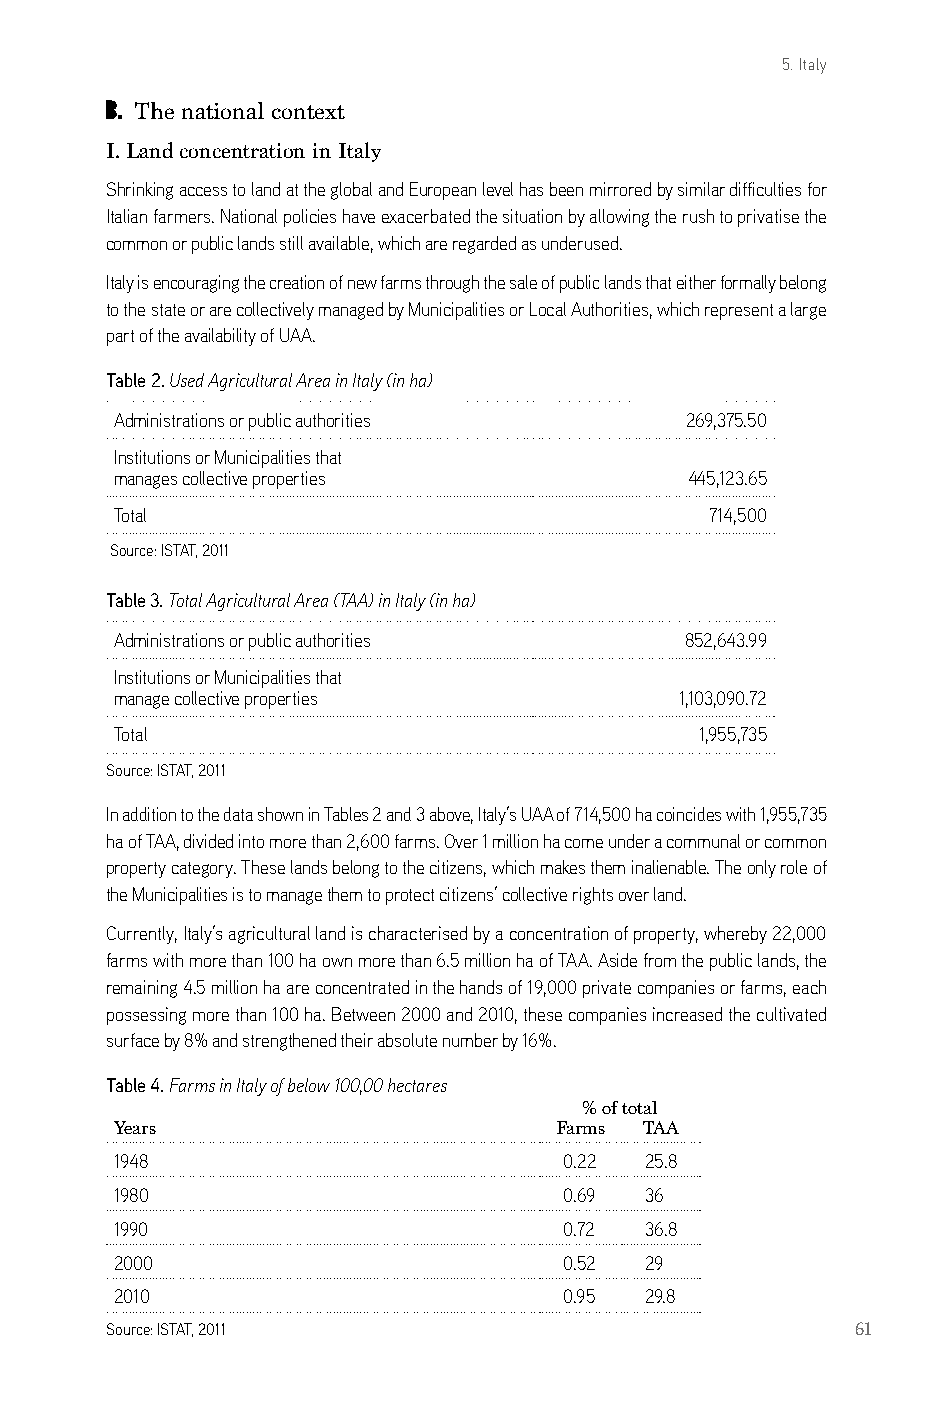
5. Italy
 b. The national context
 I. Land concentration in Italy
 shrinking access to land at the global and european level has been mirrored by similar difficulties for
 italian farmers. national policies have exacerbated the situation by allowing the rush to privatise the
 common or public lands still available, which are regarded as underused.
 italy is encouraging the creation of new farms through the sale of public lands that either formally belong
 to the state or are collectively managed by Municipalities or local authorities, which represent a large
 part of the availability of Uaa.
 Table 2. Used Agricultural Area in Italy (in ha)
 administrations or public authorities 269,375.50
 institutions or Municipalities that
 manages collective properties         445,123.65
 Total                                  714,500
 source: isTaT, 2011
 Table 3. Total Agricultural Area (TAA) in Italy (in ha)
 administrations or public authorities 852,643.99
 institutions or Municipalities that
 manage collective properties         1,103,090.72
 Total                                 1,955,735
 source: isTaT, 2011
 in addition to the data shown in Tables 2 and 3 above, italy’s Uaa of 714,500 ha coincides with 1,955,735
 ha of Taa, divided into more than 2,600 farms. over 1 million ha come under a communal or common
 property category. These lands belong to the citizens, which makes them inalienable. The only role of
 the Municipalities is to manage them to protect citizens’ collective rights over land.
 currently, italy’s agricultural land is characterised by a concentration of property, whereby 22,000
 farms with more than 100 ha own more than 6.5 million ha of Taa. aside from the public lands, the
 remaining 4.5 million ha are concentrated in the hands of 19,000 private companies or farms, each
 possessing more than 100 ha. between 2000 and 2010, these companies increased the cultivated
 surface by 8% and strengthened their absolute number by 16%.
 Table 4. Farms in Italy of below 100,00 hectares
 % of total
 Years                        Farms TAA
 1948                         0.22  25.8
 1980                         0.69  36
 1990                         0.72  36.8
 2000                         0.52  29
 2010                         0.95  29.8
 source: isTaT, 2011                               61